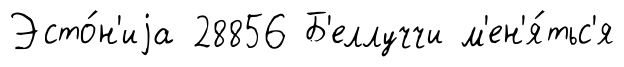
Эсто́н'иjа 28856 Б'еллуччи м'ен'я́тьс'я